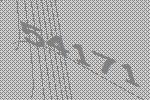
54171